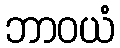
ဘာဝယံ